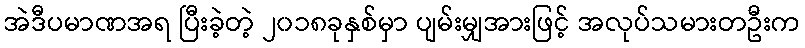
အဲဒီပမာဏအရ ပြီးခဲ့တဲ့ ၂၀၁၈ခုနှစ်မှာ ပျမ်းမျှအားဖြင့် အလုပ်သမားတဦးက